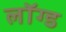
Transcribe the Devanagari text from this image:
लॉग्ड